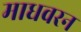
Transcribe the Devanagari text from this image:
माधवरन